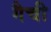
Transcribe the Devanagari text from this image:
गैची